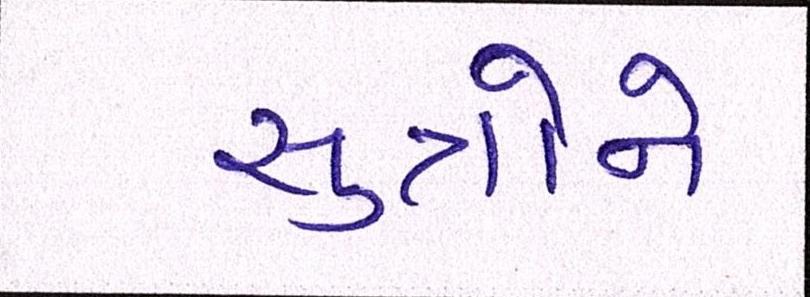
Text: સુત્રોને